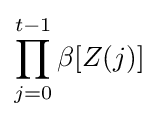
\prod _{j=0}^{t-1}\beta [Z(j)]